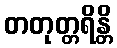
တတုတ္တရိန္တိ